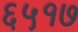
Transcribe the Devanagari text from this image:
६५१७